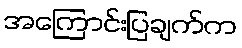
အကြောင်းပြချက်က